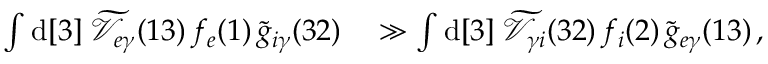
\begin{array} { r l } { \int \mathrm { d } [ 3 ] \; \widetilde { \mathcal { V } } _ { e \gamma } ( 1 3 ) \, f _ { e } ( 1 ) \, \widetilde { g } _ { i \gamma } ( 3 2 ) } & { { } \gg \int \mathrm { d } [ 3 ] \; \widetilde { \mathcal { V } } _ { \gamma i } ( 3 2 ) \, f _ { i } ( 2 ) \, \widetilde { g } _ { e \gamma } ( 1 3 ) \, , } \end{array}